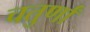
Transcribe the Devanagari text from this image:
चतुर्णां